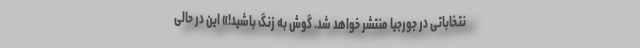
نتخاباتی در جورجیا منتشر خواهد شد. گوش به زنگ باشید!» این در حالی